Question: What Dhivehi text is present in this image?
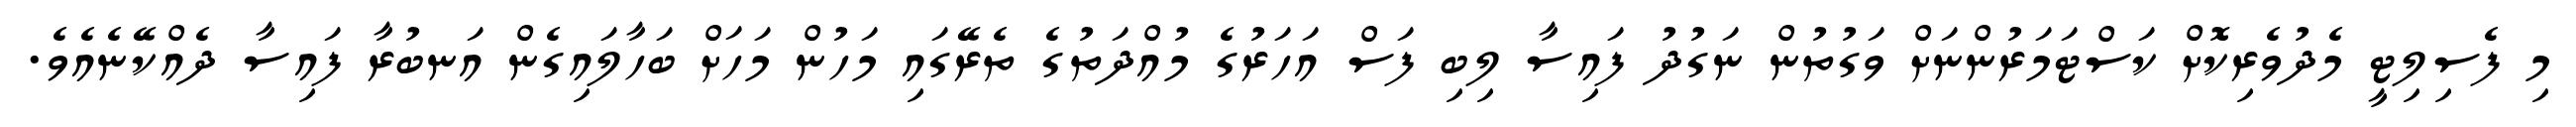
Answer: މި ފެސިލިޓީ މެދުވެރިކޮށް ކަސްޓަމަރުންނަށް ވަގުތުން ނަގުދު ފައިސާ ލިބި ފަސް އަހަރުގެ މުއްދަތުގެ ތެރޭގައި މަހުން މަހަށް ބަހާލައިގެން އަނބުރާ ފައިސާ ދެއްކޭނެއެވެ.